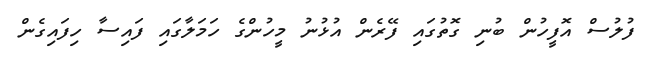
ފުލުސް އޮފީހުން ބުނި ގޮތުގައި ފޭރެން އުޅުނު މީހުންގެ ހަމަލާގައި ފައިސާ ހިފައިގެން